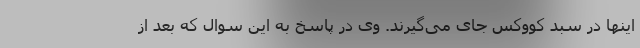
اینها در سبد کووکس جای می‌گیرند. وی در پاسخ به این سوال که بعد از